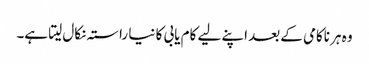
وہ ہر ناکامی کے بعد اپنے لیے کام یابی کا نیا راستہ نکال لیتا ہے۔